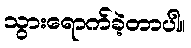
သွားရောက်ခဲ့တာပါ။